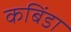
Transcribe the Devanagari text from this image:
कबिंडा